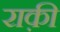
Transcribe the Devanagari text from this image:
राक़ी